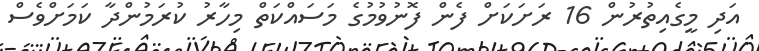
އަދި މީގެއިތުރުން 16 ރަށަކަށް ފެން ފޮނުވުމުގެ މަސައްކަތް މިހާރު ކުރަމުންދާ ކަމަށްވެސް